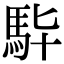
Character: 𩢈